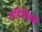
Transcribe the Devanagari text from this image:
गृहिणींसाठी